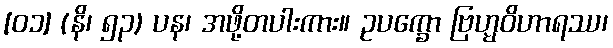
[၀၁] (နိ၊ ၅၃) ပန၊ အဖို့တပါးကား။ ဥပက္ခော ဗြဟ္မဝိဟာရဿ၊